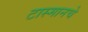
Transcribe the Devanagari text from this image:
टास्मानचे